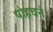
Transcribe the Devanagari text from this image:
पोहचने